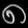
Digit: ၈